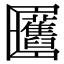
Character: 𠥬